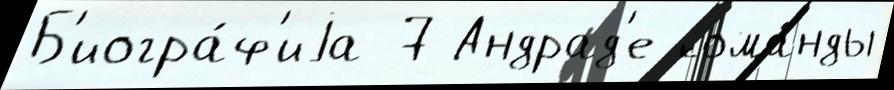
Б'иогра́ф'иjа 7 Андрад'е кома́нды